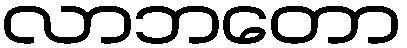
လာဘတော